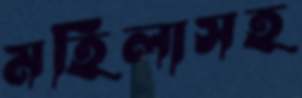
মহিলাসহ